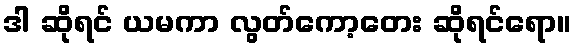
ဒါ ဆိုရင် ယမကာ လွတ်ကော့တေး ဆိုရင်ရော။